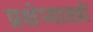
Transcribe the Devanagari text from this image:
प्रक्षेप्यास्त्रों